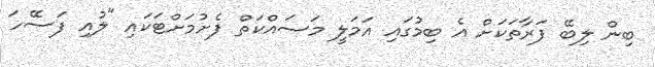
ބިން ލިބޭ ފަރާތަކަށް އެ ބިމުގައި އަމަލީ މަސައްކަތް ފެށުމަށްޓަކައި "ލުއި ފަސޭހަ